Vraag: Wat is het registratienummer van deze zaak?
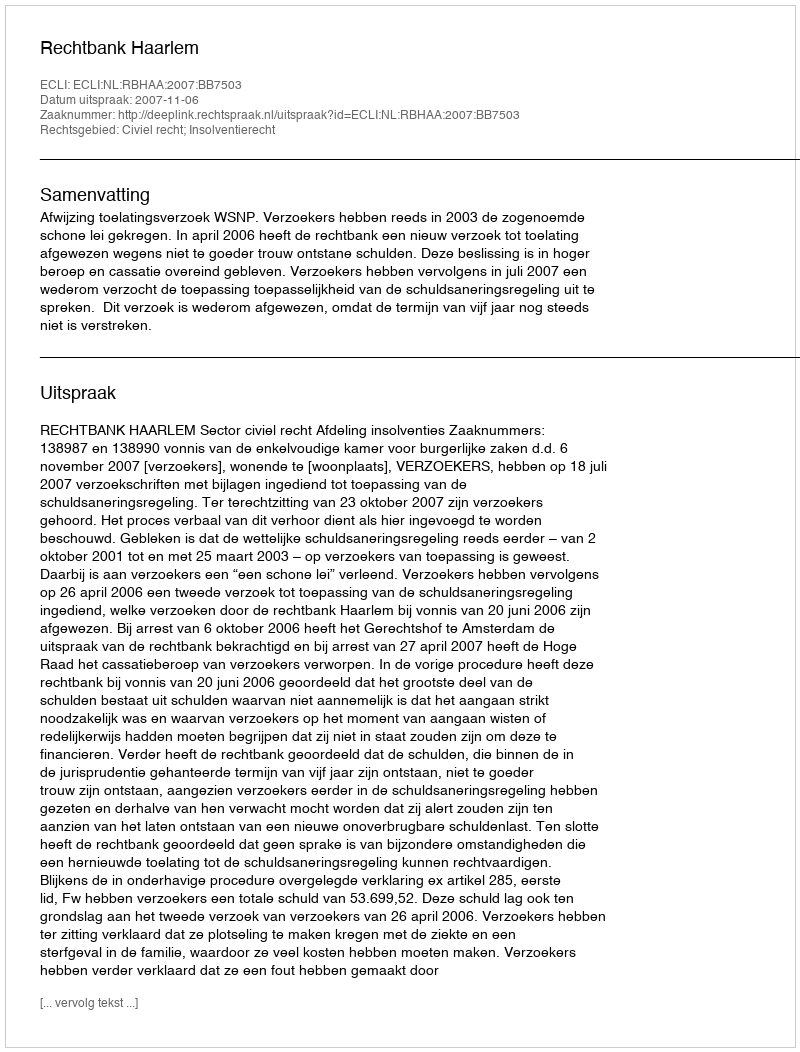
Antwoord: http://deeplink.rechtspraak.nl/uitspraak?id=ECLI:NL:RBHAA:2007:BB7503